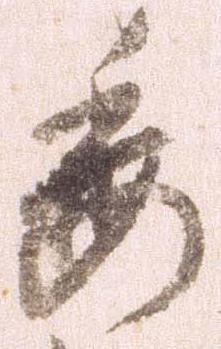
委